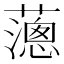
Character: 𦿞